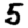
Digit: 5